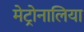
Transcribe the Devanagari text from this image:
मेट्रोनालिया